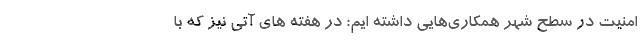
امنیت در سطح شهر همکاری‌هایی داشته ایم؛ در هفته های آتی نیز که با